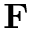
\mathbf { F }